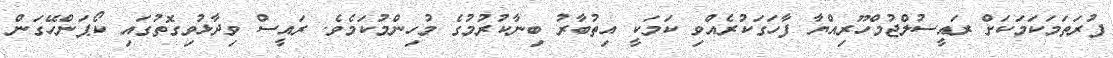
ފުރަތަމަކަމަކަށް ރައީސުލްޖުމްހޫރިއްޔާ ފާހަގަކުރެއްވި ކަމަކީ އިތުބާރު ބިނާކުރުމުގެ މުހިންމުކަމެވެ. ރައީސް ވިދާޅުވިގޮތުގައި ކޯޕަންހޭގަން